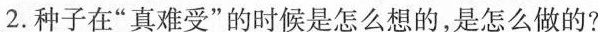
2.种子在”真难受”的时候是怎么想的，是怎么做的?